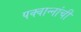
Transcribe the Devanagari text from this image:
पक्वान्‍नांची